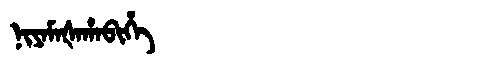
Manchu: ᠨᡳᠶᠠᠮᠠᡧᠠᡥᠠᠪᡳᡥᡝ
Romanization: NIYAMAŠAHABIHE